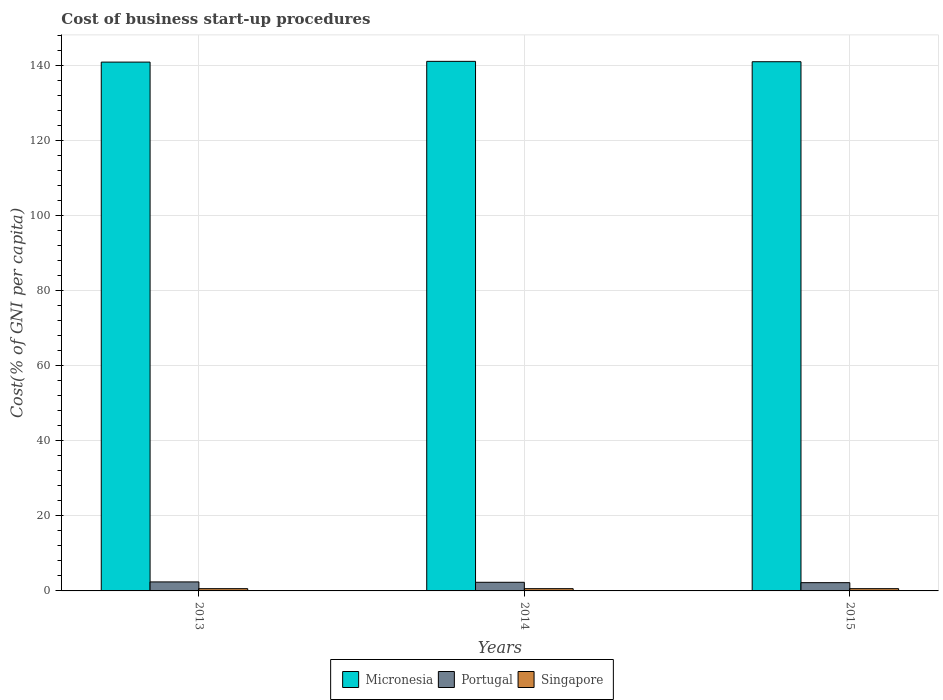
| Years | Micronesia | Portugal | Singapore |
 | --- | --- | --- | --- |
 | 2013 | 141 | 2.4 | 0.6 |
 | 2014 | 141 | 2.3 | 0.6 |
 | 2015 | 141 | 2.2 | 0.6 |